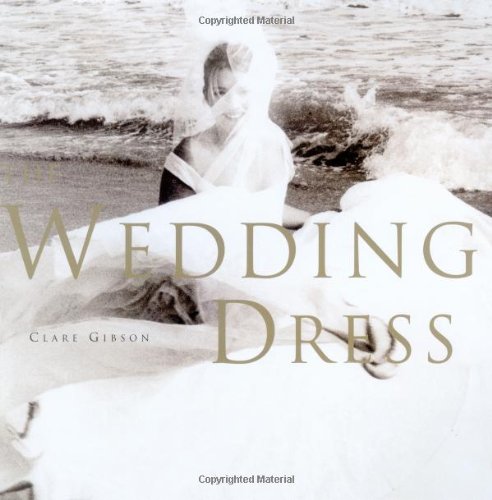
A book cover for Wedding Dress; Clare Gibson; Crafts, Hobbies & Home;